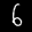
Label: 6